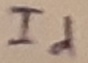
Text: Id